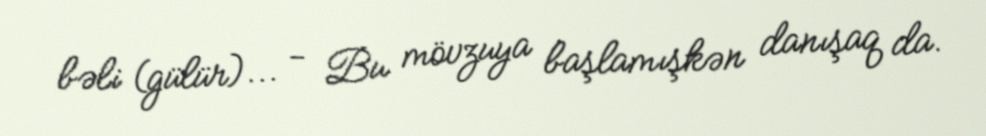
bəli (gülür)... - Bu mövzuya başlamışkən danışaq da.